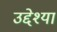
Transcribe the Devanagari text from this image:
उद्देश्या